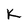
Character: K